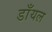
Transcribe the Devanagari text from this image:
डाँयल